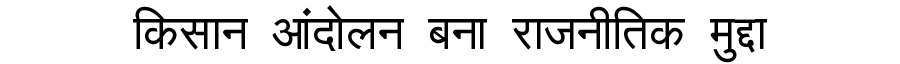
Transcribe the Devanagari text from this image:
किसान आंदोलन बना राजनीतिक मुद्दा